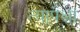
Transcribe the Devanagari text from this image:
त्यापेक्षां